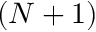
( N + 1 )